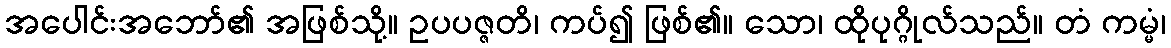
အပေါင်းအဘော်၏ အဖြစ်သို့။ ဥပပဇ္ဇတိ၊ ကပ်၍ ဖြစ်၏။ သော၊ ထိုပုဂ္ဂိုလ်သည်။ တံ ကမ္မံ၊